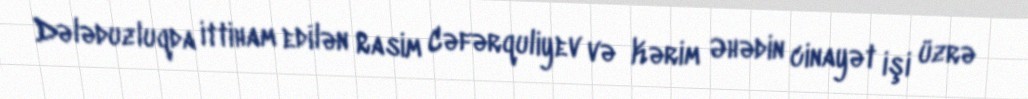
Dələduzluqda ittiham edilən Rasim Cəfərquliyev və Kərim Əhədin cinayət işi üzrə